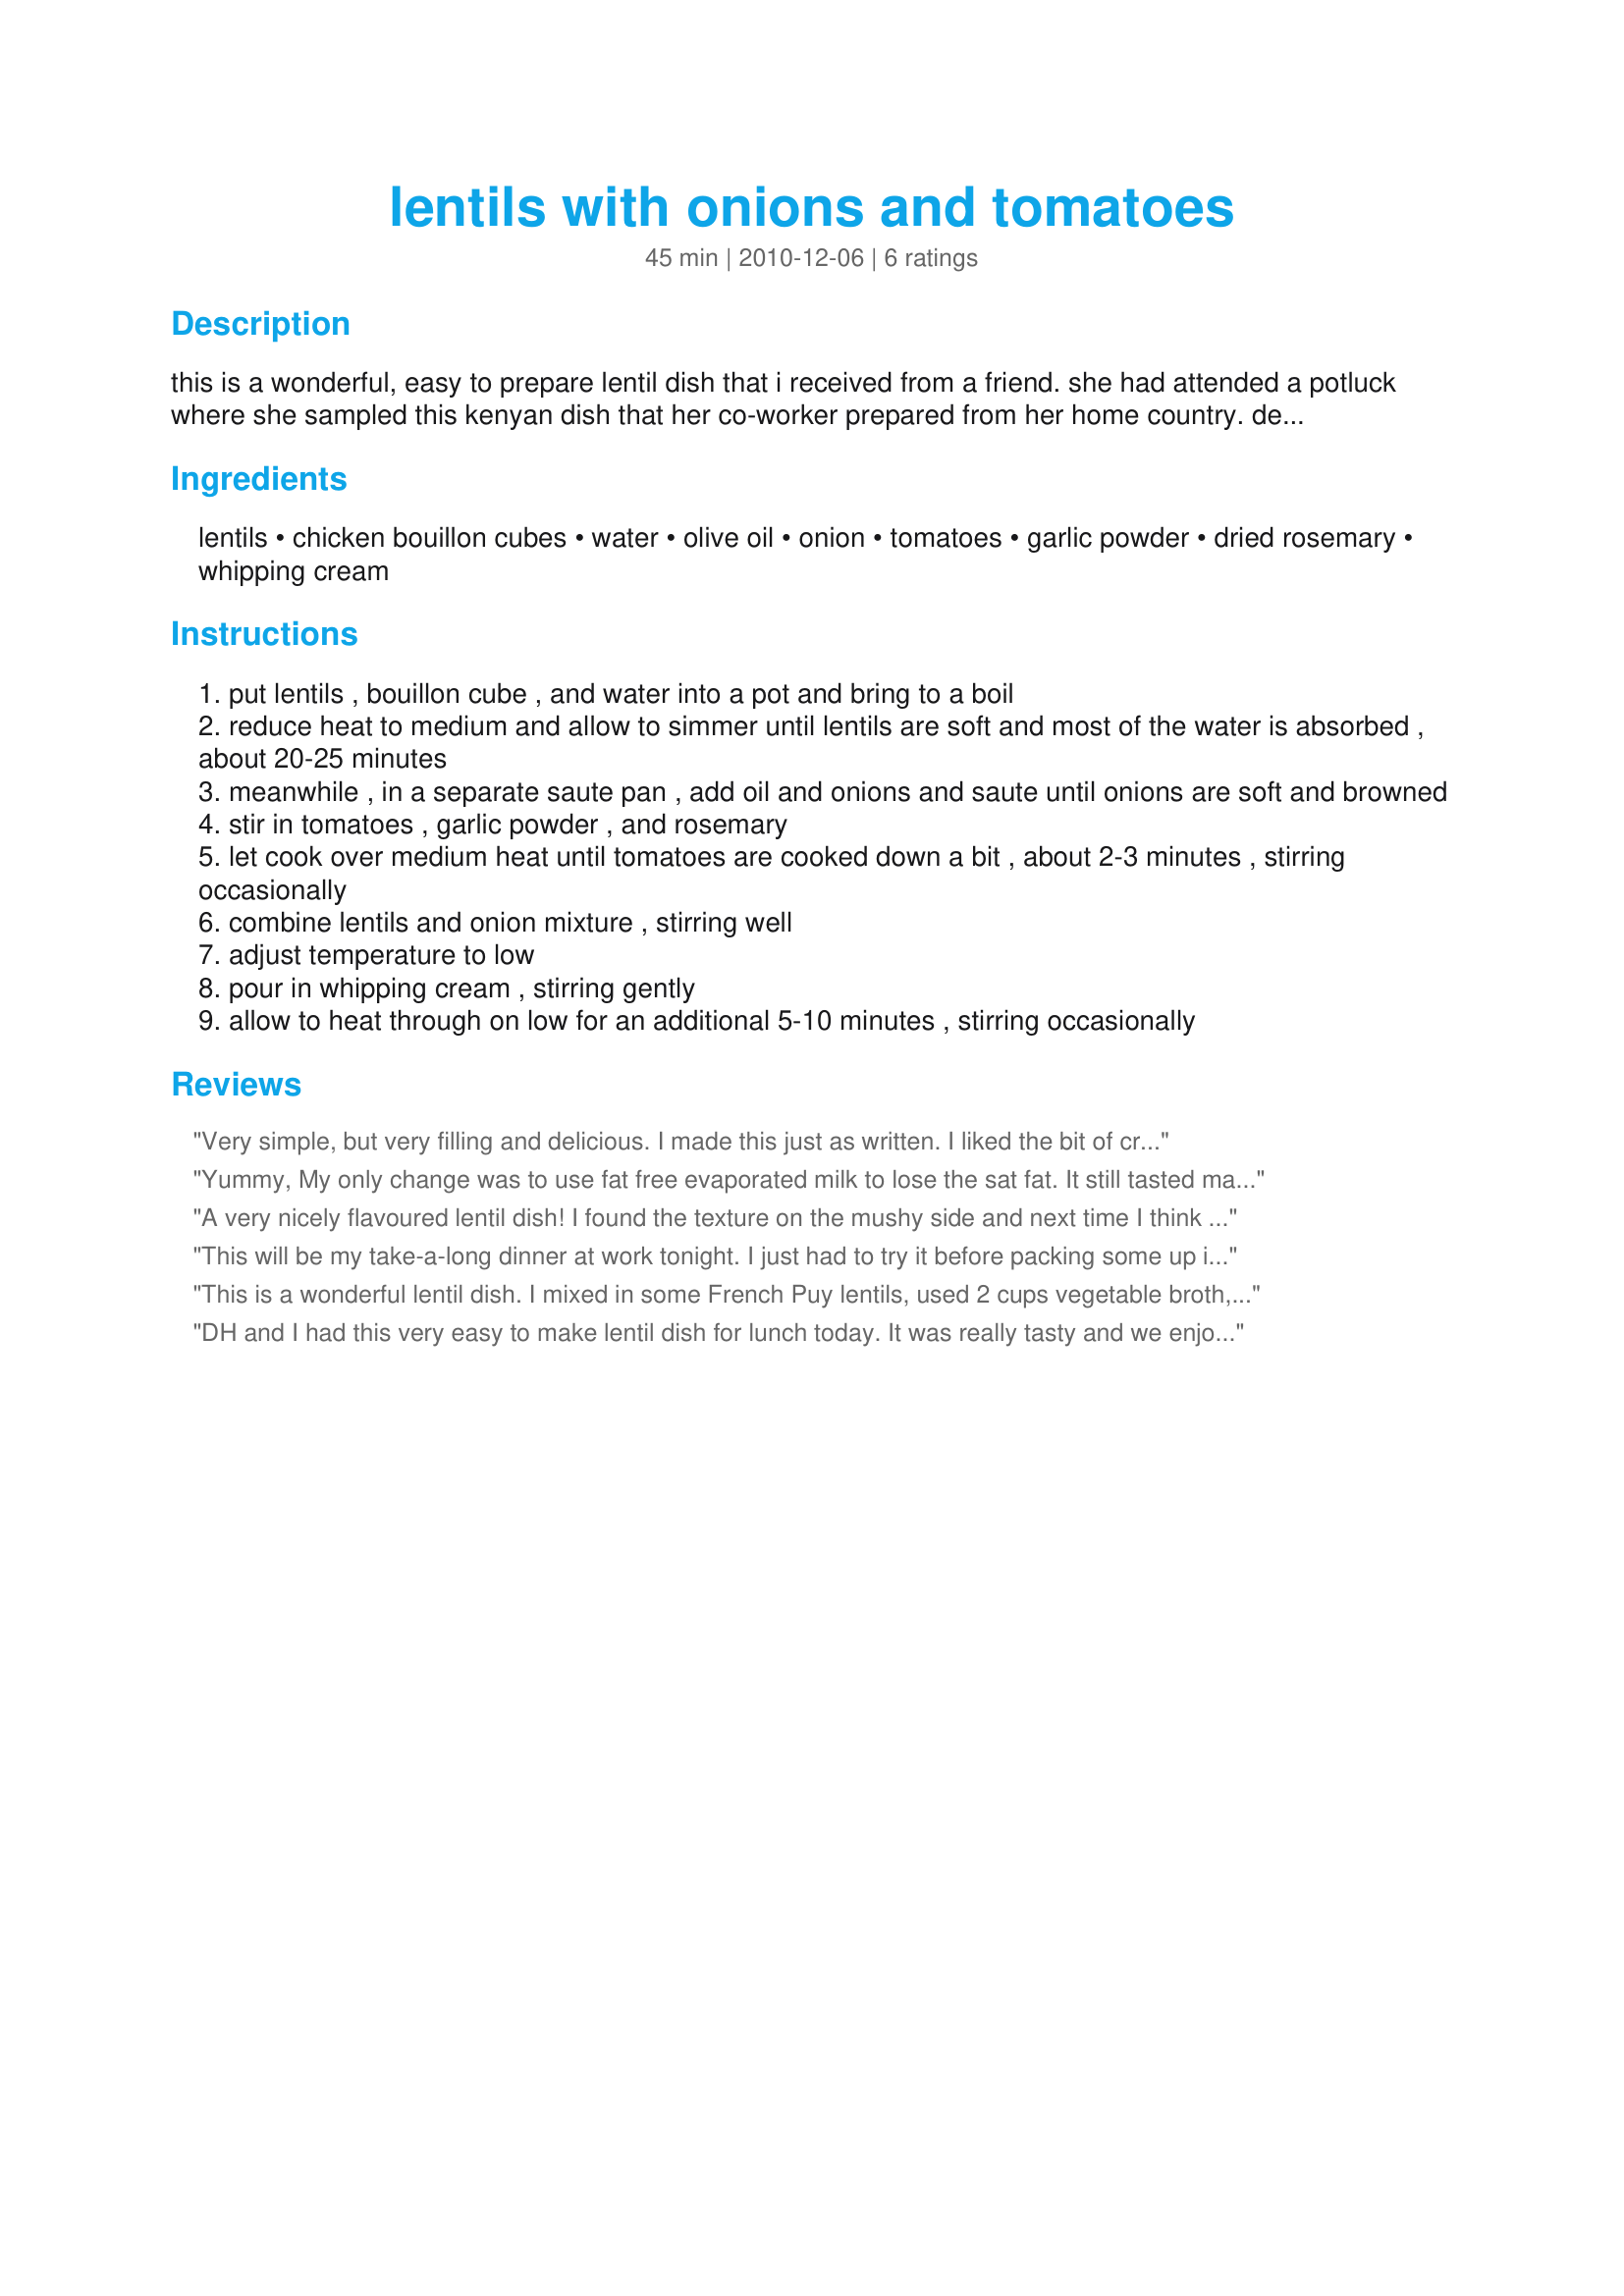
lentils with onions and tomatoes
Preparation time: 45 minutes

this is a wonderful, easy to prepare lentil dish that i received from a friend. she had attended a potluck where she sampled this kenyan dish that her co-worker prepared from her home country. delicious!

Ingredients:
lentils, chicken bouillon cubes, water, olive oil, onion, tomatoes, garlic powder, dried rosemary, whipping cream

Steps:
put lentils , bouillon cube , and water into a pot and bring to a boil
reduce heat to medium and allow to simmer until lentils are soft and most of the water is absorbed , about 20-25 minutes
meanwhile , in a separate saute pan , add oil and onions and saute until onions are soft and browned
stir in tomatoes , garlic powder , and rosemary
let cook over medium heat until tomatoes are cooked down a bit , about 2-3 minutes , stirring occasionally
combine lentils and onion mixture , stirring well
adjust temperature to low
pour in whipping cream , stirring gently
allow to heat through on low for an additional 5-10 minutes , stirring occasionally

Reviews:
Very simple, but very filling and delicious. I made this just as written. I liked the bit of creaminess that the 1/4 cup of heavy cream offered. Thanx for a great new lentil recipe!
Yummy, My only change was to use fat free evaporated milk to lose the sat fat. It still tasted marvelous and made a great lunch today.:D
A very nicely flavoured lentil dish! I found the texture on the mushy side and next time I think I will add the onion to the lentils while the cook and stir the tomato into the the lentils at the same time as adding the whipping cream. Perhaps it is the additon of the cream that is throwing off my expectation to the texture?? I used red lentils and 10% cream. Oh - and if you want - change the 'chicken' under ingredients as the nutrition facts include a whole :) chicken which throws off your calorie count for the dish.
This will be my take-a-long dinner at work tonight. I just had to try it before packing some up in my lunch bag. Delicious! I made this using fresh rosemary rather than dried and I only had half and half cream so subbed that for the whipping cream. I also used canned tomatoes because I can't stand the hockey pucks they try to fob off on us in the winter.
This is a wonderful lentil dish. I mixed in some French Puy lentils, used 2 cups vegetable broth, fresh finely chopped garlic and fresh rosemary simply because I had them on hand. I have a potluck to attend this week at work and this is a serious contender! I'm trying to get my coworkers to eat healthier. Thanks, StarryNews! Made for Veggie Recipe Swap #29, December 2010.
DH and I had this very easy to make lentil dish for lunch today. It was really tasty and we enjoyed it. I used green lentils and was a little shy of the 1/4 cup of cream. The texture of my lentils was not as moist as the photo posted, which is how we prefer it. I thought the texture was just right. Thanks so much for this nice recipe!
